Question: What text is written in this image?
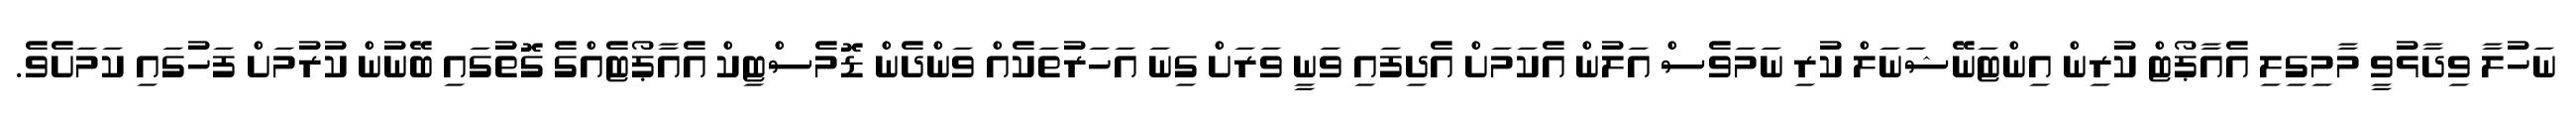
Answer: ނަހުލާ ވިދާޅުވީ މާމިގިލި އެއާޕޯޓް ކުރިން އިންޓަނޭޝަނަލް ކުރި ނަމަވެސް އަލުން އެކަމަށް އެދިފައި ވަނީ ވަރަށް ގިނަ އަހަރުތަކެއް ވަންދެން ޑޮމެސްޓިކް އެއާޕޯޓެއްގެ ގޮތުގައި ބޭނުން ކުރުމަށް ފަހުގައި ކަމަށެވެ.